Black-water fever - Number 35
Disease focus: Fever
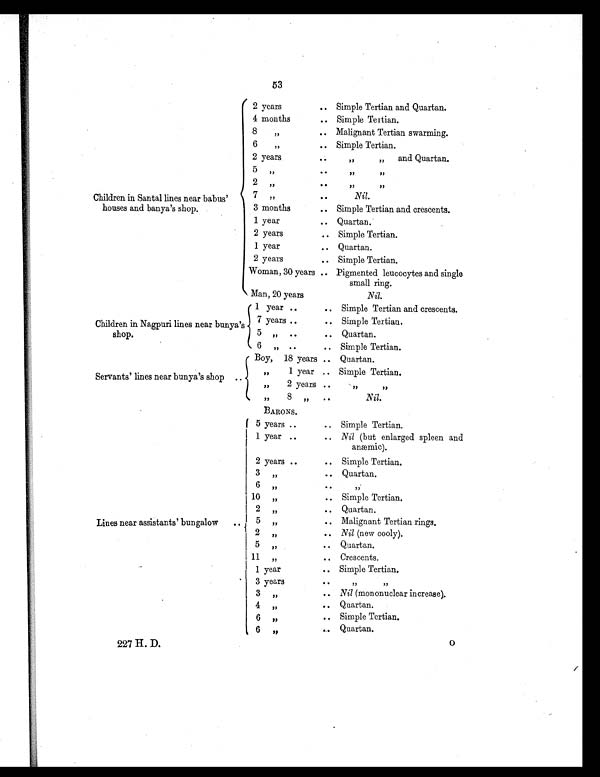
53
Children in Santal lines near babus'
houses and banya's shop.
\
2 years
.. Simple Tertian and Quartan.
4 months
.. Simple Tertian.
8 "
.. Malignant Tertian swarming.
6 "
.. Simple Tertian.
2 years.
..
" "and Quartan.
5 "
..
" "
2 "
..
" "
7 "
..
Nil.
3 months
.. Simple Tertian and crescents.
1 year
.. Quartan.
2 years
.. Simple Tertian.
1 year
.. Quartan.
2 years
.. Simple Tertian.
Woman, 30 years .. Pigmented leucocytes and single
small ring.
Man, 20 years
Nil.
Children in Nagpuri lines near bunya's
shop.
1 year
.. Simple Tertian and crescents.
7 years
.. Simple Tertian.
5 "
. . Quartan.
6 "
.. Simple Tertian.
Servants' lines near bunya's shop
Boy, 18 years .. Quartan.
" 1year .. Simple Tertian.
" 2 years ..
" "
" 8 "
..
Nil.
BARONS.
Lines near assistants' bungalow
.
'
5 years
.. Simple Tertian.
1 year
.. Nil (but enlarged spleen and
anæmic).
2 years
.. Simple Tertian.
3 "
.. Quartan.
6 "
. . "
1 0 "
.. Simple Tertian.
2 "
.. Quartan.
5 "
.. Malignant Tertian rings.
2 "
.. Nil (new cooly).
5 "
. . Quartan.
1 1 "
.. Crescents.
1 year
. . Simple Tertian.
3 year s
..
" "
3 "
.. Nil (mononuclear increase).
4 "
.. Quartan.
6 "
.. Simple Tertian.
6 "
. . Quartan.
227 H. D.
O